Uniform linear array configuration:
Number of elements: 12
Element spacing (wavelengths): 1
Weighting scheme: blackman
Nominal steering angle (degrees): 45
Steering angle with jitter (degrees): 43.393
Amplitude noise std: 0.05
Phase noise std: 0.05

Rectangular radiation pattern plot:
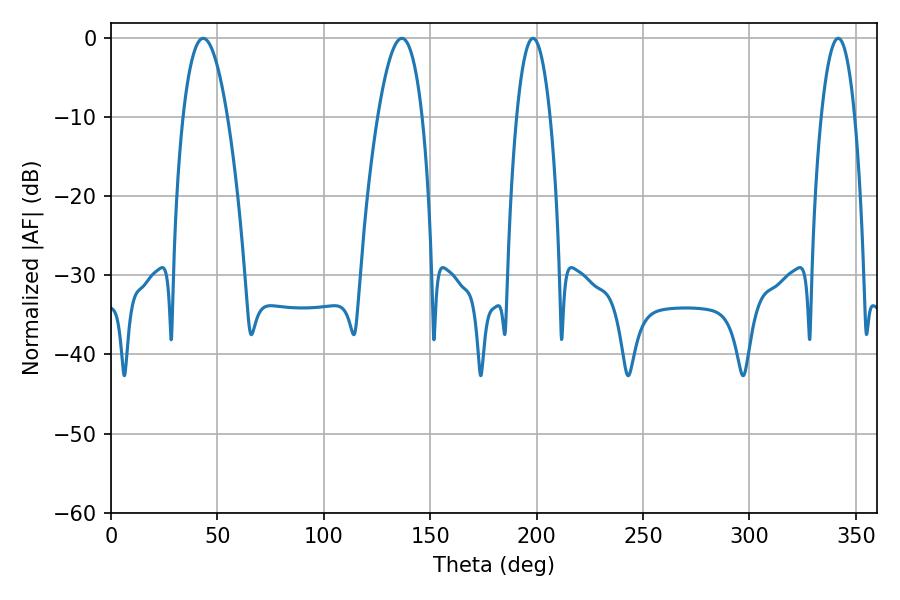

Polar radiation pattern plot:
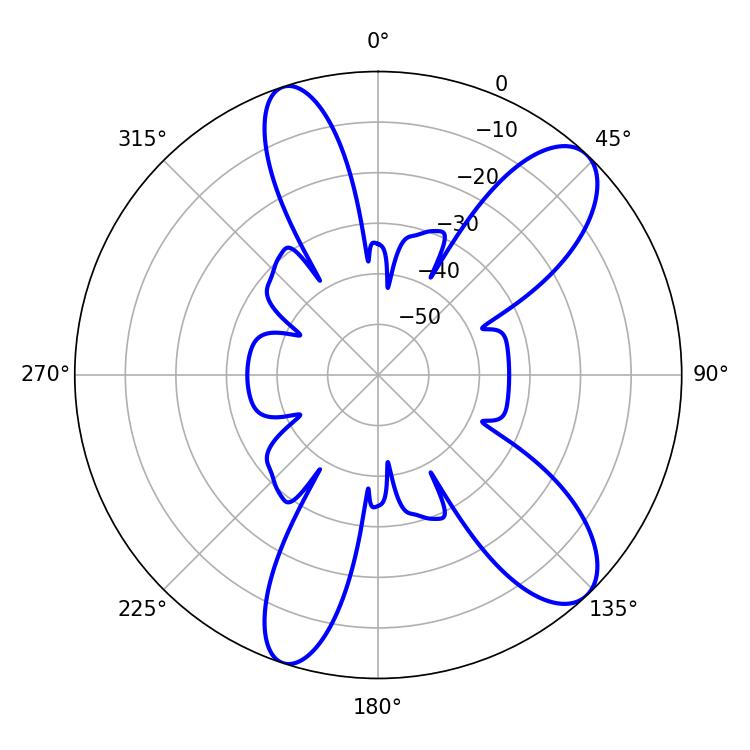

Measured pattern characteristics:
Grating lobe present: TRUE
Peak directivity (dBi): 10.122
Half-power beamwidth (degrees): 11.52
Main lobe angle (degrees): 43.38